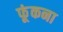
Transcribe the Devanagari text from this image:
फूंकना